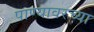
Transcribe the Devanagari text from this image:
पाण्यावरच्या